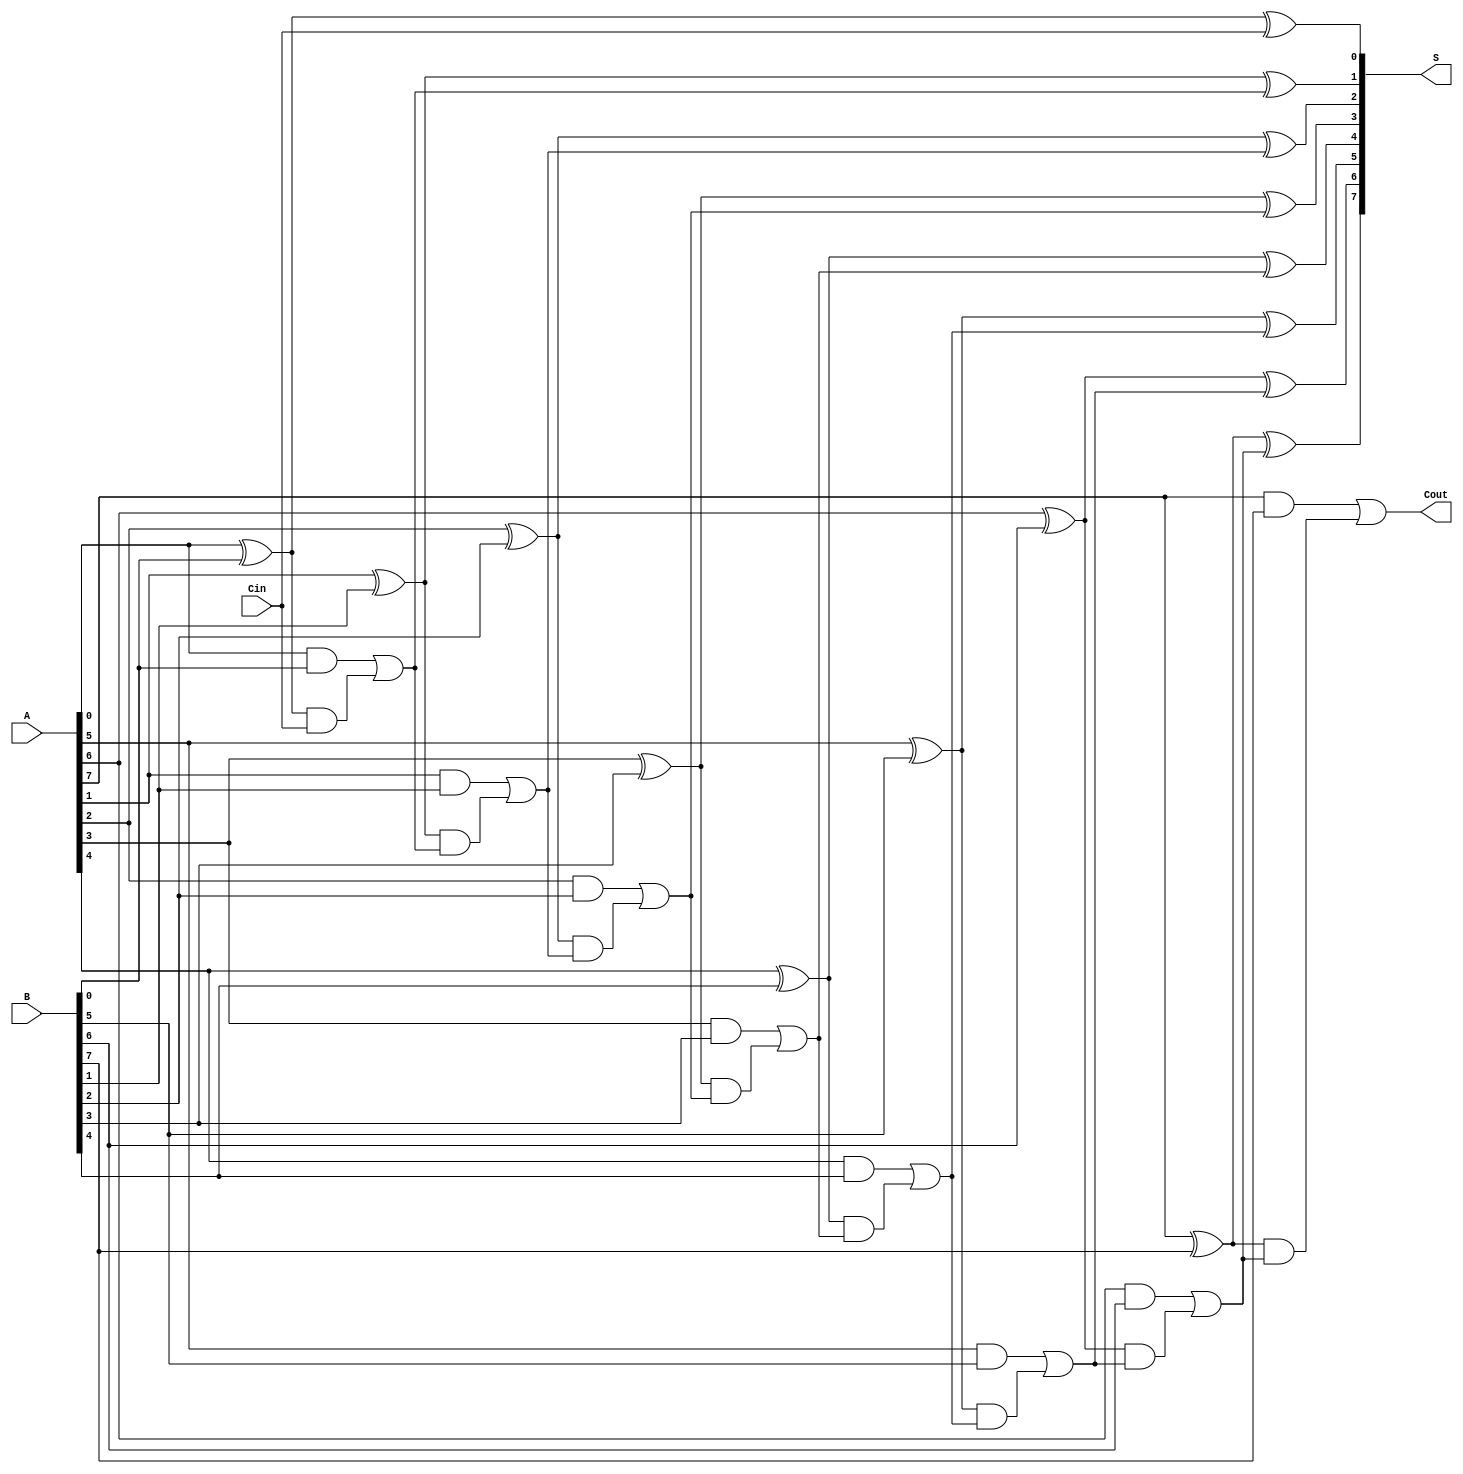
module LingAdder #(parameter n = 8) (
    input [n-1:0] A,       // First binary number
    input [n-1:0] B,       // Second binary number
    input Cin,             // Input carry
    output [n-1:0] S,      // Sum output
    output Cout            // Carry output
);

    wire [n:0] C;          // Carry signals
    wire [n-1:0] G;        // Generate signals
    wire [n-1:0] P;        // Propagate signals

    // Generate and Propagate signals
    genvar i;
    generate
        for (i = 0; i < n; i = i + 1) begin : gen_propagate
            assign G[i] = A[i] & B[i];           // Generate
            assign P[i] = A[i] ^ B[i];           // Propagate
        end
    endgenerate

    // Carry signals generation using carry lookahead logic
    assign C[0] = Cin; // Initial carry is the input carry

    generate
        for (i = 1; i <= n; i = i + 1) begin : carry_logic
            assign C[i] = G[i-1] | (P[i-1] & C[i-1]); // Carry generation
        end
    endgenerate

    // Sum calculation
    generate
        for (i = 0; i < n; i = i + 1) begin : sum_calculation
            assign S[i] = A[i] ^ B[i] ^ C[i]; // Sum output
        end
    endgenerate

    // Final carry output
    assign Cout = C[n]; // Final carry out

endmodule